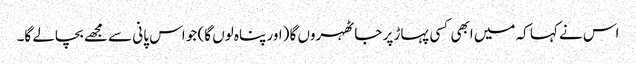
اس نے کہا کہ میں ابھی کسی پہاڑ پر جا ٹھہروں گا (اور پناہ لوں گا) جو اس پانی سے مجھے بچالے گا۔